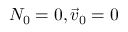
{ \cal N } _ { 0 } = 0 , \vec { v } _ { 0 } = 0